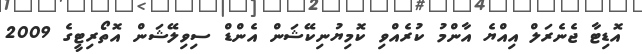
އޮޑިޓާ ޖެނެރަލް އިއްޔެ އާންމު ކުރެއްވި ކޮމިޔުނިކޭޝަން އެންޑް ސިވިލޭޝަން އޮތޯރިޓީގެ 2009